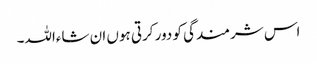
اس شرمندگی کو دور کرتی ہوں ان شاءاللہ۔